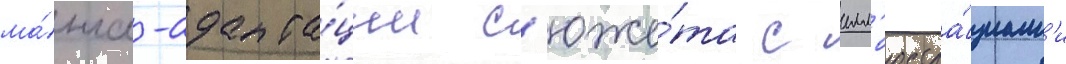
ма́нга-адапта́ции с'юже́та с илл'юстра́циам'и